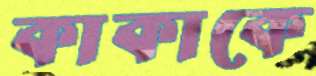
কাকাকে